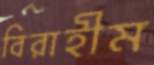
বিরাহীম